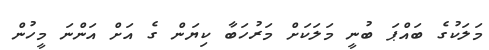
މަލަކުގެ ބައްޕަ ބުނީ މަލަކަށް މަރުހަބާ ކިޔަން ގެ އަށް އަންނަ މީހުން